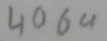
Text: 4069